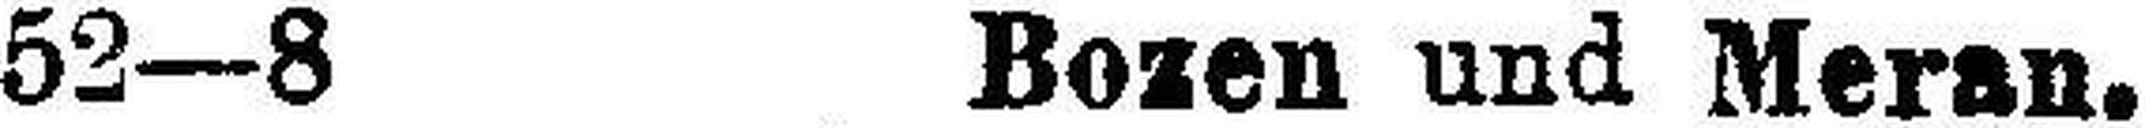
52—8 Bozen und Meran. 880